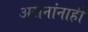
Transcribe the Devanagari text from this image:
असनांनाही